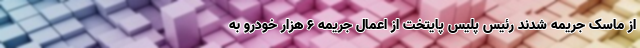
از ماسک جریمه شدند رئیس پلیس پایتخت از اعمال جریمه ۶ هزار خودرو به